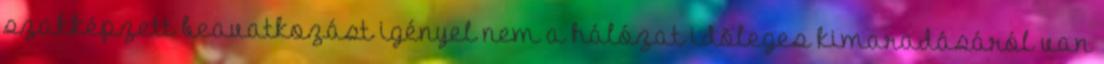
szakképzett beavatkozást igényel nem a hálózat idõleges kimaradásáról van